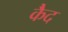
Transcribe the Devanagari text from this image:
कैेद